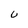
Character: U